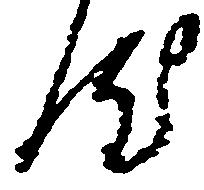
汰